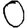
Digit: 0